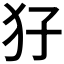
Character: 𤜭